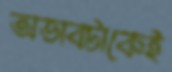
অভাবটাকেই